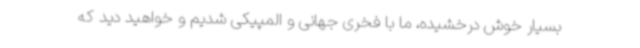
بسیار خوش درخشیده، ما با فخری جهانی و المپیکی شدیم و خواهید دید که